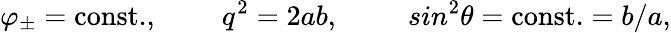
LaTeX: \varphi_{\pm}=\mathrm{const.},\; \; \; \; \; \; \; \; q^{2}=2ab,\; \; \; \; \; \; \; \; \, sin^{2}\theta={\mathrm{const.}}=b/a,